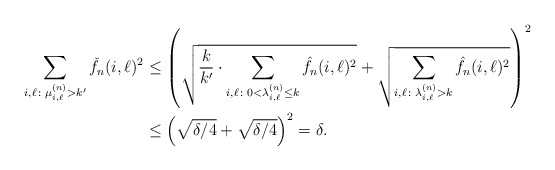
\begin{align*}\sum_{i, \ell \colon \mu_{i,\ell}^{(n)} > k'} \check f_n(i,\ell)^2&\leq \left(\sqrt{\frac{k}{k'}\cdot { \sum_{i, \ell \colon 0<\lambda_{i,\ell}^{(n)} \leq k} \hat f_n(i,\ell)^2 } } + \sqrt{ \sum_{i, \ell \colon \lambda_{i,\ell}^{(n)} > k} \hat f_n(i,\ell)^2 }\right)^2\\& \leq \left(\sqrt{\delta/4} + \sqrt{\delta/4}\right)^2=\delta.\end{align*}